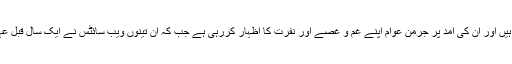
واضح رہے کہ جرمنی میں اب تک 9 لاکھ تارکینِ وطن آچکے ہیں اور ان کی آمد پر جرمن عوام اپنے غم و غصے اور نفرت کا اظہار کررہی ہے جب کہ ان تینوں ویب سائٹس نے ایک سال قبل عہد کیا تھا کہ وہ نفرت انگیز پیغامات 24 گھنٹے میں ہٹادیں گے۔